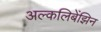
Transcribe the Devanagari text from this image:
अल्कलिबेंझिन